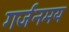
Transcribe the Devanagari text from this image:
गर्जनमय